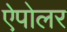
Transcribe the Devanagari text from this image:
ऐपोलर